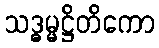
သဒ္ဓမ္မဋ္ဌိတိကော